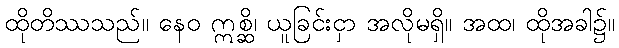
ထိုတိဿသည်။ နေဝ ဣစ္ဆိ၊ ယူခြင်းငှာ အလိုမရှိ။ အထ၊ ထိုအခါ၌။